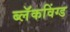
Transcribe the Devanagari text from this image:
ब्लॅकविंग्ड